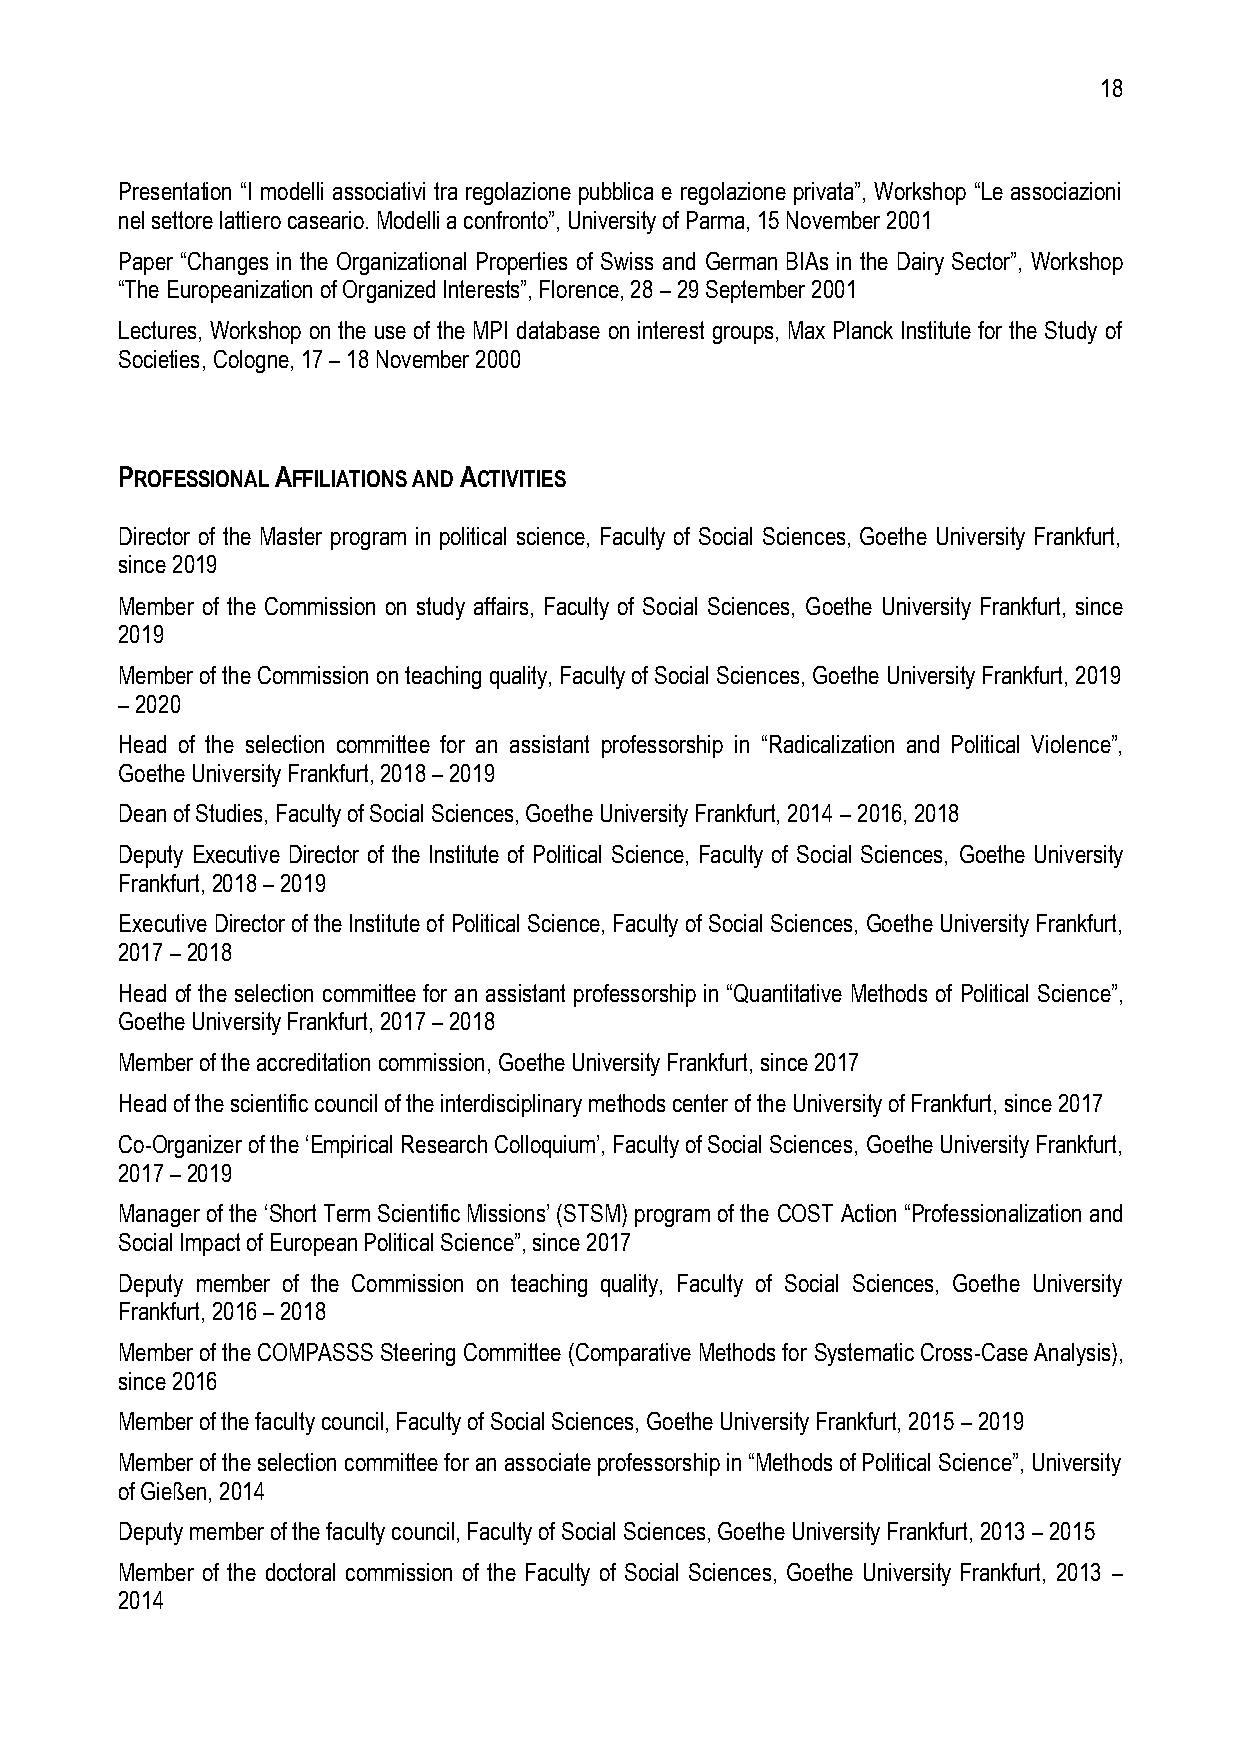
18
 Presentation “I modelli associativi tra regolazione pubblica e regolazione privata”, Workshop “Le associazioni
 nel settore lattiero caseario. Modelli a confronto”, University of Parma, 15 November 2001
 Paper “Changes in the Organizational Properties of Swiss and German BIAs in the Dairy Sector”, Workshop
 “The Europeanization of Organized Interests”, Florence, 28 – 29 September 2001
 Lectures, Workshop on the use of the MPI database on interest groups, Max Planck Institute for the Study of
 Societies, Cologne, 17 – 18 November 2000
 PROFESSIONAL AFFILIATIONS AND ACTIVITIES
 Director of the Master program in political science, Faculty of Social Sciences, Goethe University Frankfurt,
 since 2019
 Member of the Commission on study affairs, Faculty of Social Sciences, Goethe University Frankfurt, since
 2019
 Member of the Commission on teaching quality, Faculty of Social Sciences, Goethe University Frankfurt, 2019
 – 2020
 Head of the selection committee for an assistant professorship in “Radicalization and Political Violence”,
 Goethe University Frankfurt, 2018 – 2019
 Dean of Studies, Faculty of Social Sciences, Goethe University Frankfurt, 2014 – 2016, 2018
 Deputy Executive Director of the Institute of Political Science, Faculty of Social Sciences, Goethe University
 Frankfurt, 2018 – 2019
 Executive Director of the Institute of Political Science, Faculty of Social Sciences, Goethe University Frankfurt,
 2017 – 2018
 Head of the selection committee for an assistant professorship in “Quantitative Methods of Political Science”,
 Goethe University Frankfurt, 2017 – 2018
 Member of the accreditation commission, Goethe University Frankfurt, since 2017
 Head of the scientific council of the interdisciplinary methods center of the University of Frankfurt, since 2017
 Co-Organizer of the ‘Empirical Research Colloquium’, Faculty of Social Sciences, Goethe University Frankfurt,
 2017 – 2019
 Manager of the ‘Short Term Scientific Missions’ (STSM) program of the COST Action “Professionalization and
 Social Impact of European Political Science”, since 2017
 Deputy member of the Commission on teaching quality, Faculty of Social Sciences, Goethe University
 Frankfurt, 2016 – 2018
 Member of the COMPASSS Steering Committee (Comparative Methods for Systematic Cross-Case Analysis),
 since 2016
 Member of the faculty council, Faculty of Social Sciences, Goethe University Frankfurt, 2015 – 2019
 Member of the selection committee for an associate professorship in “Methods of Political Science”, University
 of Gießen, 2014
 Deputy member of the faculty council, Faculty of Social Sciences, Goethe University Frankfurt, 2013 – 2015
 Member of the doctoral commission of the Faculty of Social Sciences, Goethe University Frankfurt, 2013 –
 2014